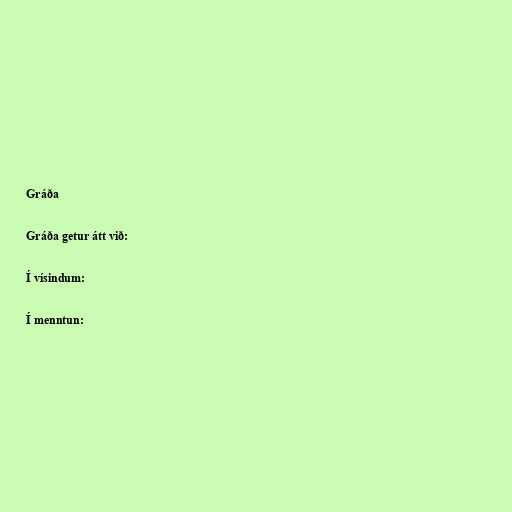
Gráða

Gráða getur átt við:

Í vísindum:

Í menntun: